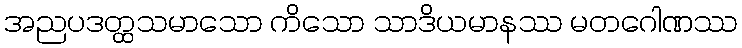
အညပဒတ္ထသမာသော ကိသော သာဒိယမာနဿ မတဂေါဏဿ